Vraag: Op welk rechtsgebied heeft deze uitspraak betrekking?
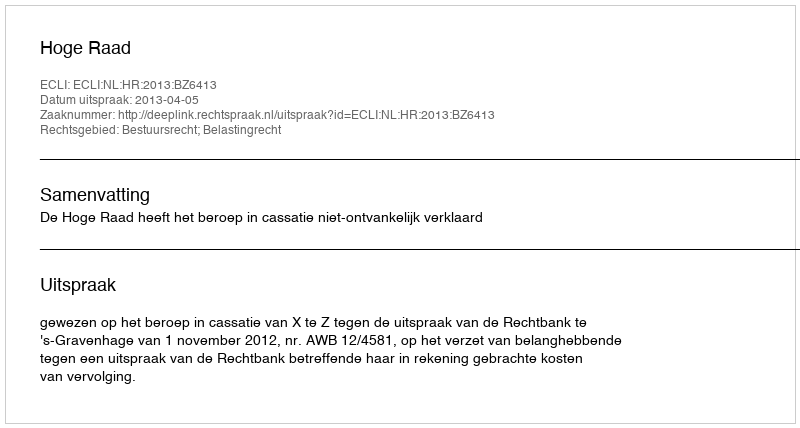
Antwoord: Bestuursrecht; Belastingrecht